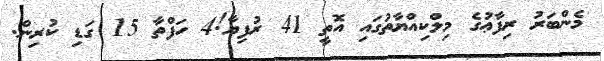
މެންބަރު ރިފާޢުގެ މިލްކިއްޔާތުގައި އޮތީ 41 ރުފިޔާ!4 ހަފްތާ 15 ގަޑި ކުރިން.